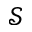
\mathcal { S }